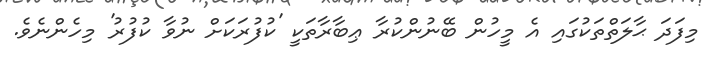
މިފަދަ ޙާލަތްތަކުގައި އެ މީހުން ބޭނުންކުރާ ޢިބާރާތަކީ 'ކުފުރަކަށް ނުވާ ކުފުރު' މިހެންނެވެ.